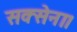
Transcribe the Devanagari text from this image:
सक्सेना।